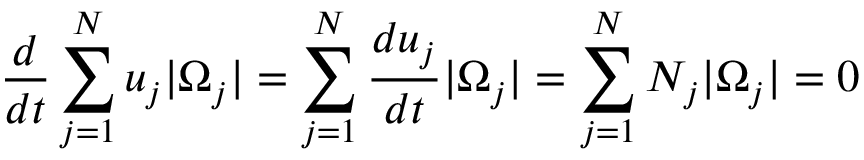
\frac { d } { d t } \sum _ { j = 1 } ^ { N } u _ { j } | \Omega _ { j } | = \sum _ { j = 1 } ^ { N } \frac { d u _ { j } } { d t } | \Omega _ { j } | = \sum _ { j = 1 } ^ { N } N _ { j } | \Omega _ { j } | = 0